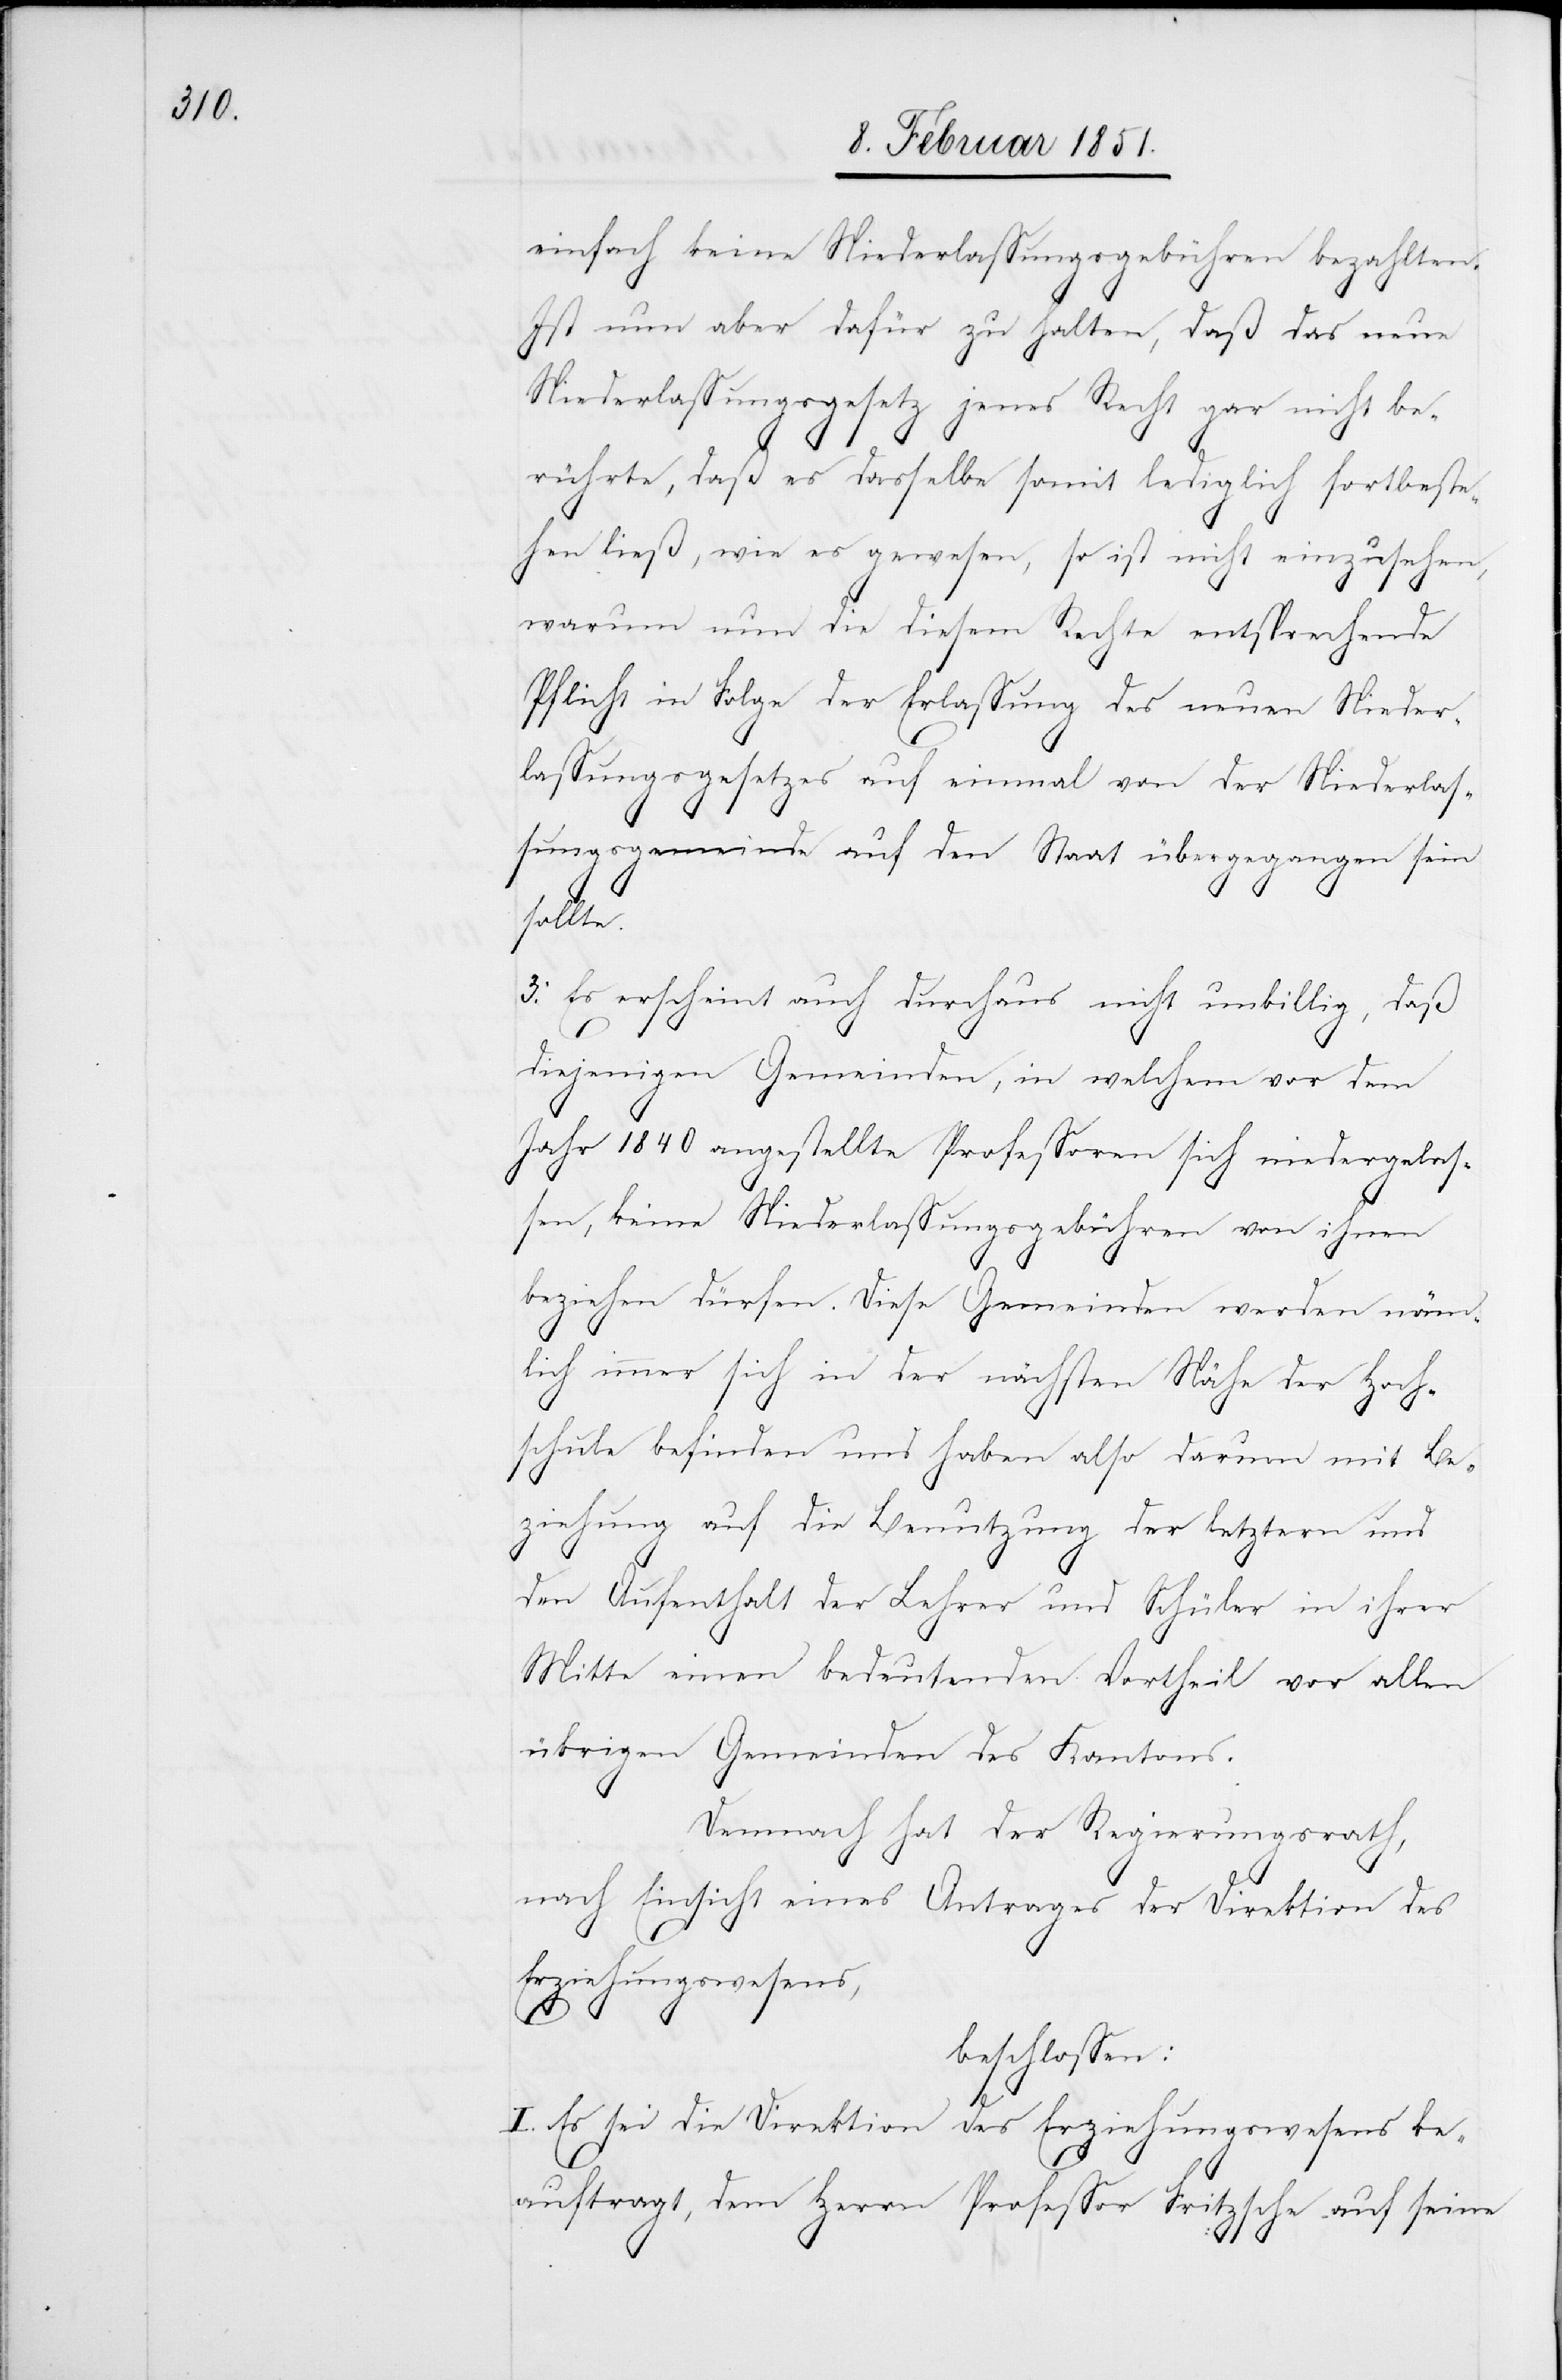
einfach keine Niederlassungsgebühren bezahlten.
Ist nun aber dafür zu halten, daß das neue
Niederlassungsgesetz jenes Recht gar nicht be¬
rührte, daß es dasselbe somit lediglich fortbeste¬
hen ließ, wie es gewesen, so ist nicht einzusehen,
warum nun die diesem Rechte entsprechende
Pflicht in Folge der Erlassung des neuen Nieder¬
lassungsgesetzes auf einmal von der Niederlas¬
sungsgemeinde auf den Staat übergegangen sein
sollte.
3. Es erscheint auch durchaus nicht unbillig, daß
diejenigen Gemeinden, in welchem [sic!] vor
Jahr 1840 angestellte Professoren sich niedergelas¬
sen, keine Niederlassungsgebühren von ihnen
beziehen dürfen. Diese Gemeinden werden näm¬
lich immer sich in der nächsten Nähe der Hoch¬
schule befinden und haben also darum mit Be¬
ziehung auf die Benutzung der letztern und
den Aufenthalt der Lehrer und Schüler in ihrer
Mitte einen bedeutenden Vortheil vor allen
übrigen Gemeinden des Kantons.
Demnach hat der Regierungsrath,
nach Einsicht eines Antrages der Direktion des
Erziehungswesens,
beschlossen:
I. Es sei die Direktion des Erziehungswesens be¬
auftragt, dem Herrn Professor Fritzsche auf seine